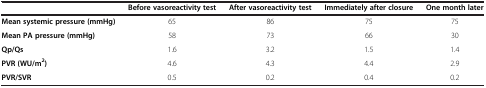
<table><thead><tr><td><b> </b></td><td><b>Before vasoreactivity test</b></td><td><b>After vasoreactivity test</b></td><td><b>Immediately after closure</b></td><td><b>One month later</b></td></tr></thead><tbody><tr><td><b>Mean systemic pressure (mmHg)</b></td><td>65</td><td>86</td><td>75</td><td>75</td></tr><tr><td><b>Mean PA pressure (mmHg)</b></td><td>58</td><td>73</td><td>66</td><td>30</td></tr><tr><td><b>Qp/Qs</b></td><td>1.6</td><td>3.2</td><td>1.5</td><td>1.4</td></tr><tr><td><b>PVR </b><b>(WU/m</b><sup><b>2</b></sup><b>)</b></td><td>4.6</td><td>4.3</td><td>4.4</td><td>2.9</td></tr><tr><td><b>PVR/SVR</b></td><td>0.5</td><td>0.2</td><td>0.4</td><td>0.2</td></tr></tbody></table>